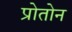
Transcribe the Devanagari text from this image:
प्रोतोन